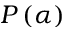
P \left( \alpha \right)